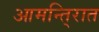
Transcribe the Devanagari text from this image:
आमन्ति्रात